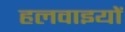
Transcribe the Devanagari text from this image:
हलवाइयों